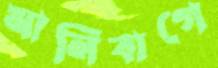
মালিবাগে